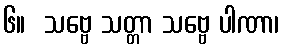
၆။  သဗ္ဗေ သတ္တာ သဗ္ဗေ ပါဏာ၊